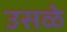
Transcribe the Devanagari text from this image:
उसळे